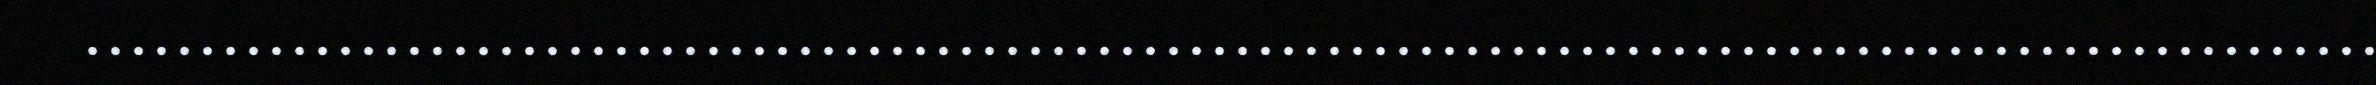
....................................................................................................